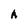
Character: A